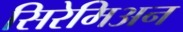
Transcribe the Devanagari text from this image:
सिरेमिअन